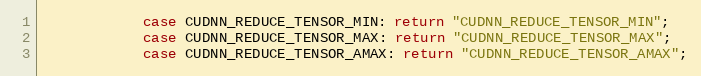
Language: Java
            case CUDNN_REDUCE_TENSOR_MIN: return "CUDNN_REDUCE_TENSOR_MIN";
            case CUDNN_REDUCE_TENSOR_MAX: return "CUDNN_REDUCE_TENSOR_MAX";
            case CUDNN_REDUCE_TENSOR_AMAX: return "CUDNN_REDUCE_TENSOR_AMAX";